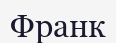
Франк